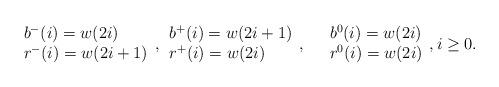
LaTeX: \begin{align*}\begin{array}{l} b^-(i) = w(2i) \\ r^-(i) = w(2i+1)\end{array},\begin{array}{l} b^+(i) = w(2i+1) \\ r^+(i) = w(2i)\end{array},\quad \begin{array}{l} b^0(i) = w(2i) \\ r^0(i) = w(2i)\end{array}, i\geq 0. \end{align*}